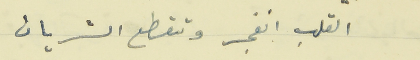
القلب انفجر وتقطع الشريان